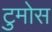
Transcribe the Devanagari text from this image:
टुमोस